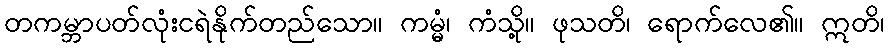
တကမ္ဘာပတ်လုံးငရဲနိုက်တည်သော။ ကမ္မံ၊ ကံသို့။ ဖုသတိ၊ ရောက်လေ၏။ ဣတိ၊